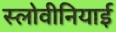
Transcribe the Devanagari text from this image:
स्लोवीनियाई